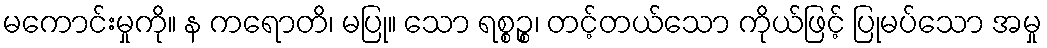
မကောင်းမှုကို။ န ကရောတိ၊ မပြု။ သော ရစ္စဉ္စ၊ တင့်တယ်သော ကိုယ်ဖြင့် ပြုမပ်သော အမှု